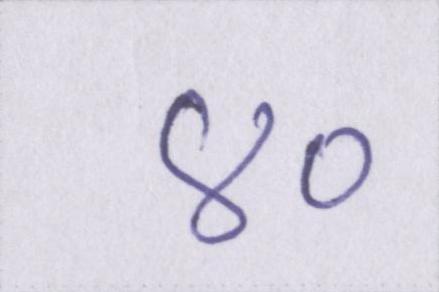
४०